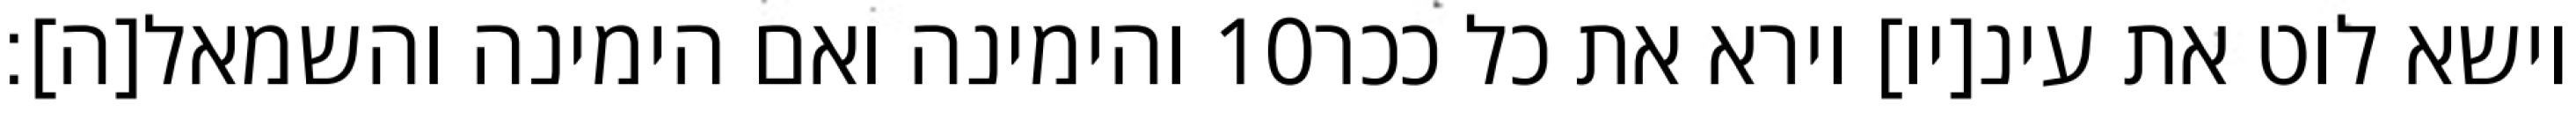
והימינה ואם הימינה והשמאל[ה]׃ ‎10‏ וישא לוט את עינ[יו] וירא את כל ככר